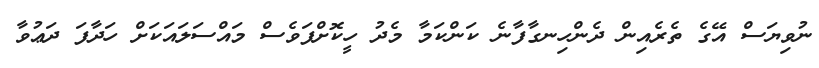
ނުވިޔަސް އޭގެ ތެރެއިން ދެންހިނގާފާނެ ކަންކަމާ މެދު ހީކޮށްފަވެސް މައްސަލައަކަށް ހަދާފަ ދަޢުވާ